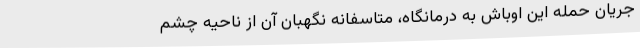
جریان حمله این اوباش به درمانگاه، متاسفانه نگهبان آن از ناحیه چشم